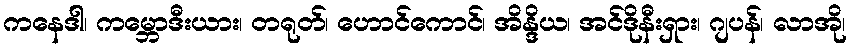
ကနေဒါ၊ ကမ္ဘောဒီးယား၊ တရုတ်၊ ဟောင်ကောင်၊ အိန္ဒိယ၊ အင်ဒိုနီးရှား၊ ဂျပန်၊ လာအို၊